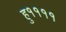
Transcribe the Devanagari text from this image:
हु११११